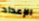
الإعداد